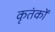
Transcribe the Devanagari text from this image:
कृतंकों